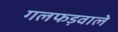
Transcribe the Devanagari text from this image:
गलफड़वाले